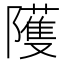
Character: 𱀻